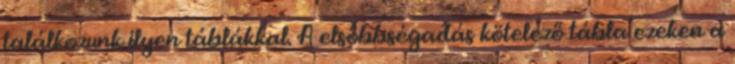
találkozunk ilyen táblákkal. A elsőbbségadás kötelező tábla ezeken a